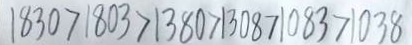
1 8 3 0 > 1 8 0 3 > 1 3 8 0 > 1 3 0 8 > 1 0 8 3 > 1 0 3 8